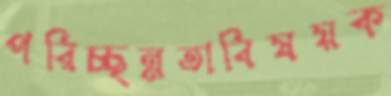
পরিচ্ছন্নতাবিষয়ক